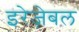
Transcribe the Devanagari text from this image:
इरेज़ेबल